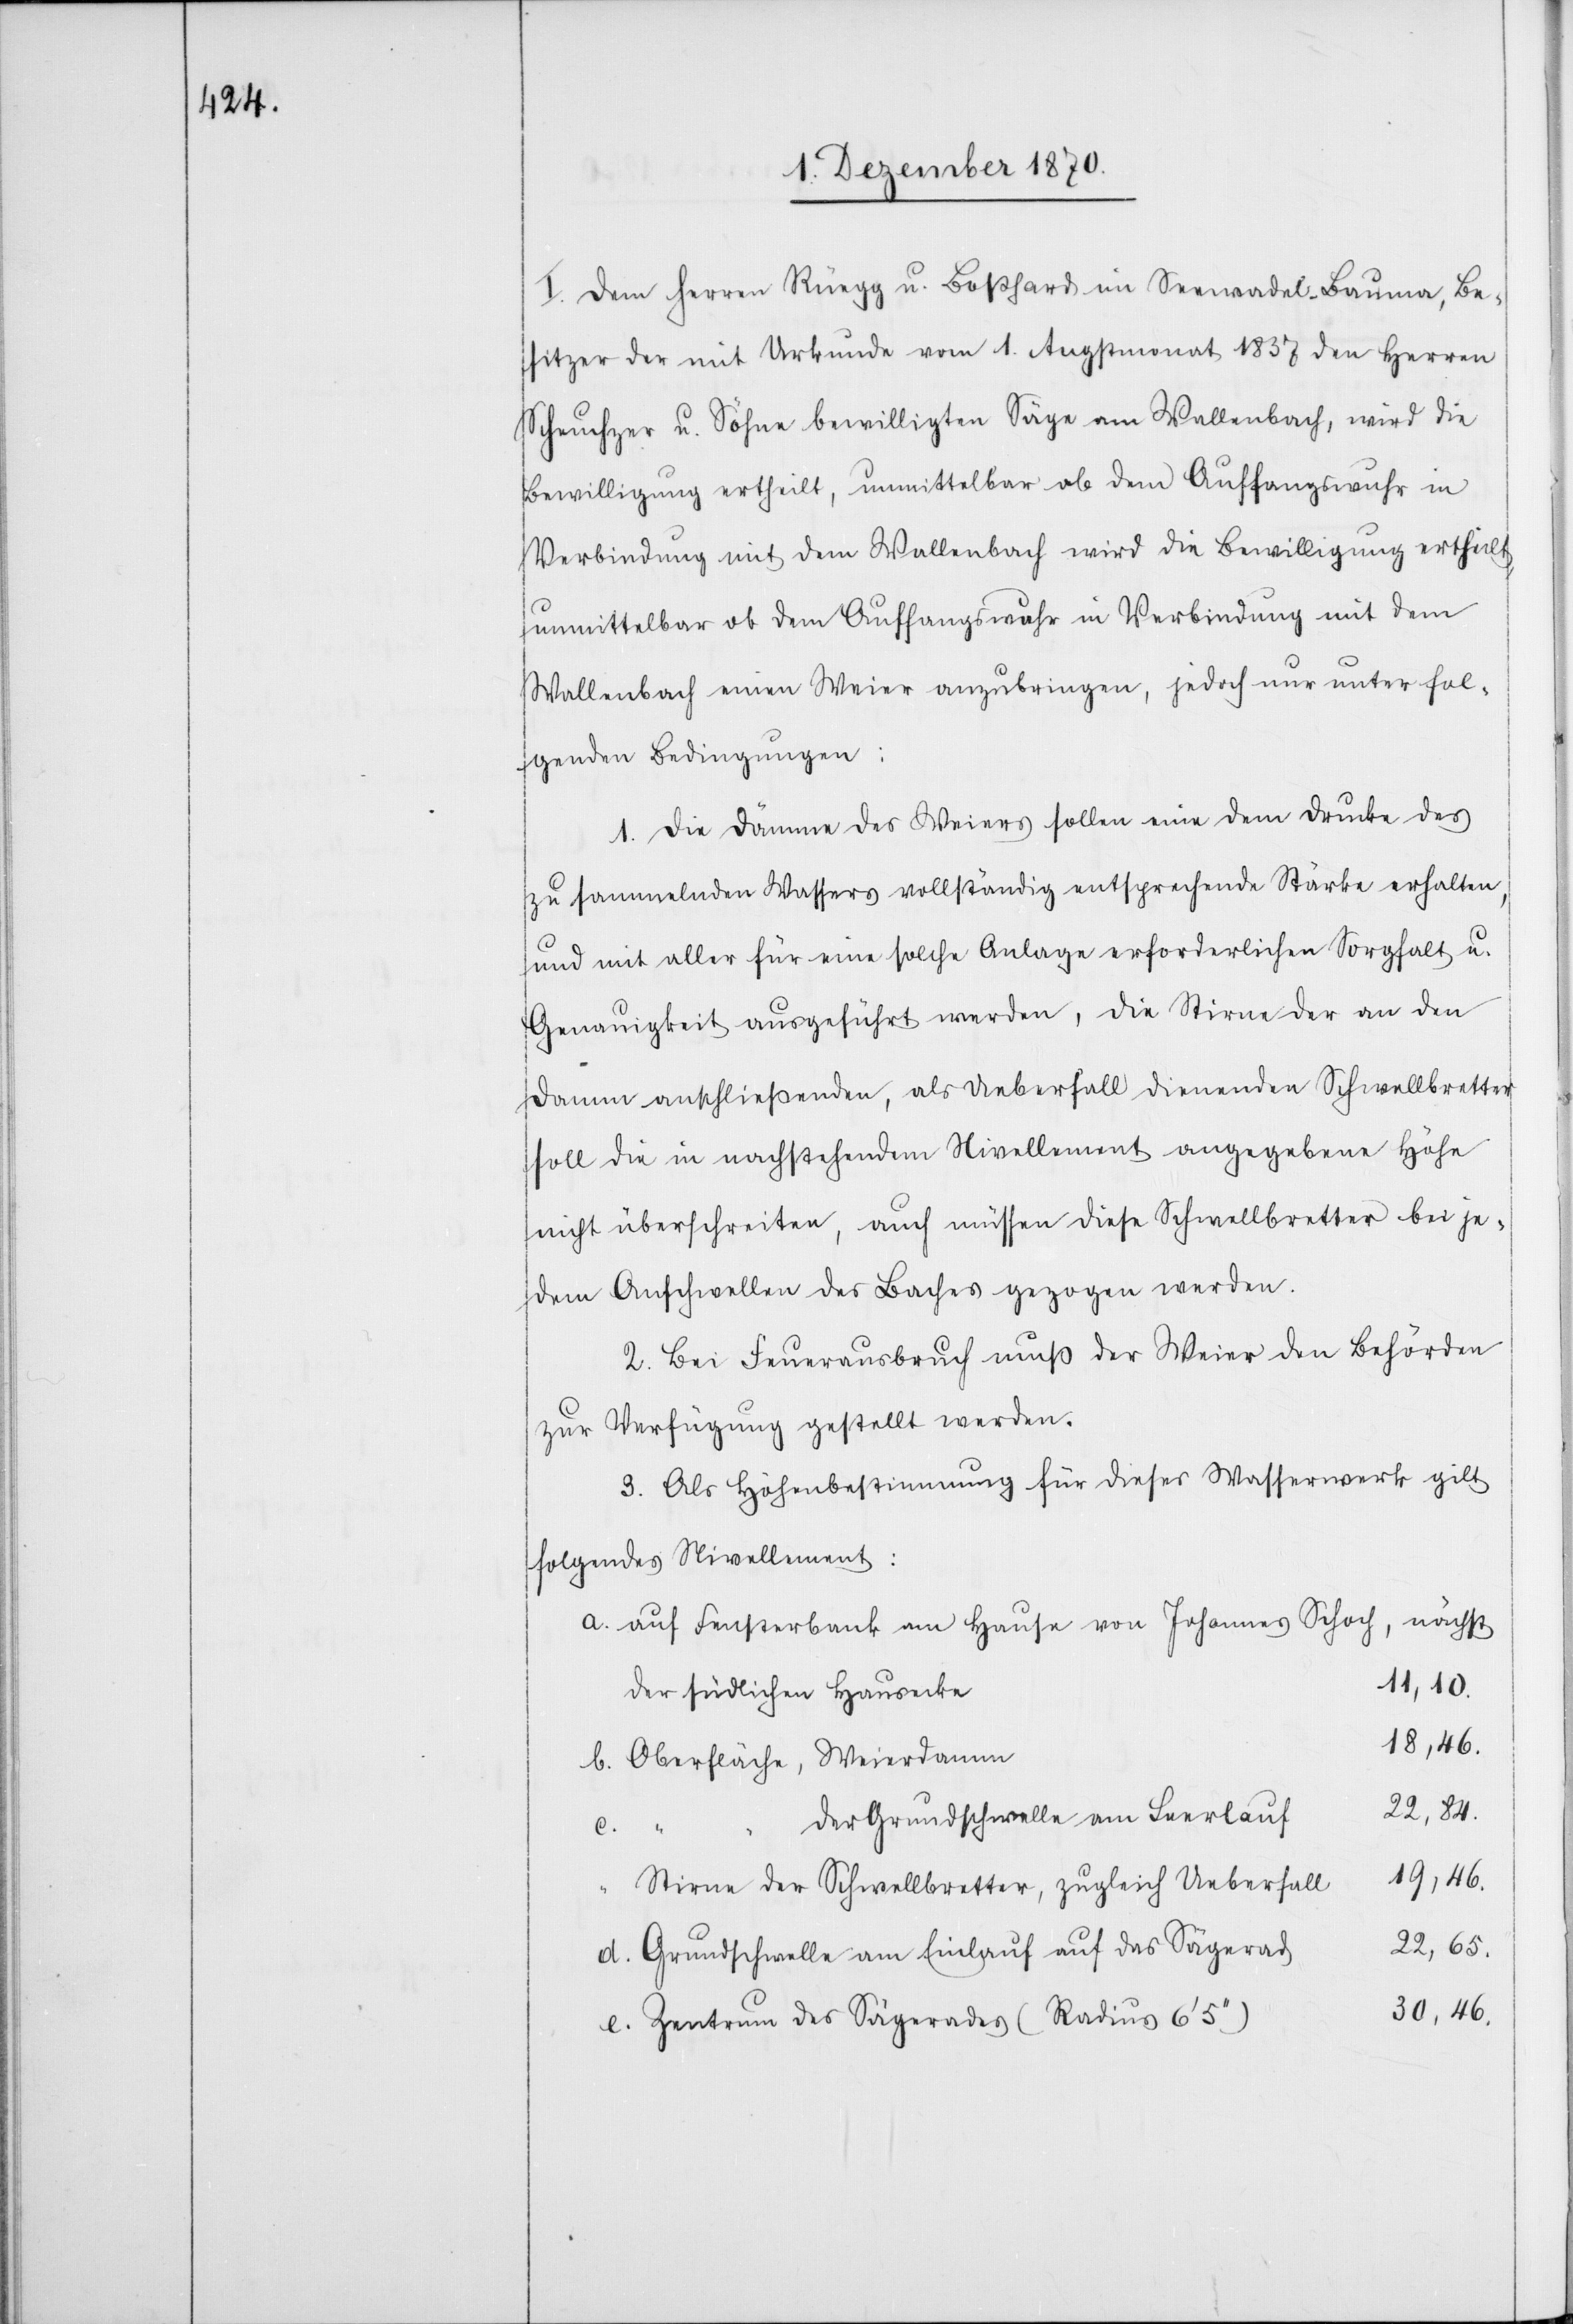
I. Dem Herren Rüegg u. Boßhard im Seewadel - Bauma, Be¬
sitzer der mit Urkunde vom 1. Augstmonat 1837 den Herren
Scheuchzer u. Söhne bewilligten Säge am Wallenbach, wird die
Bewilligung ertheilt, unmittelbar ob dem Auffangswuhr in
Verbindung mit dem Wallenbach wird die Bewilligung ertheilt,
unmittelbar ob dem Auffangsswuhr in Verbindung mit dem
Wallenbach [sic!] einen Weier anzubringen, jedoch nur unter fol¬
genden Bedingungen:
1. Die Dämme des Weiers sollen eine dem Drucke des
zu sammelnden Wassers vollständig entsprechende Stärke erhalten,
und mit aller für eine solche Anlage erforderlichen Sorgfalt u.
Genauigkeit ausgeführt werden, die Stirne der an den
Damm anschließenden, als Ueberfall dienenden Schwellbretter
soll die in nachstehendem Nivellement angegebene Höhe
nicht überschreiten, auch müssen diese Schwellbretter bei je¬
dem Anschwellen des Baches gezogen werden.
2. Bei Feuerausbruch muß der Weier den Behörden
zur Verfügung gestellt werden.
3. Als Höhenbestimmung für dieses Wasserwerk gilt
folgendes Nivellement:
a. auf Fensterbank am Hause von Johannes Schoch, nächst
11,10.
der südlichen Hausecke
18,46.
b. Oberfläche, Weierdamm
22,84.
der Grundschwelle am Leerlauf
c.
19,46.
Stirne der Schwellbretter, zugleich Ueberfall
22,65.
d. Grundschwelle am Einlauf auf das Sägerad
30,46.
e. Zentrum des Sägerades (Radius 6’5’’)